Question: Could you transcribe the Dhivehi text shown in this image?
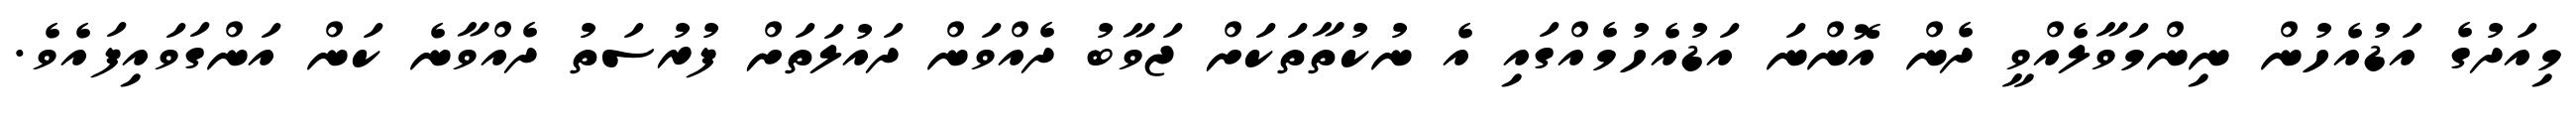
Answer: މިއަދުގެ އަޑުއެހުން ނިންމަވާލެއްވީ ދެން އޮންނަ އަޑުއެހުމެއްގައި އެ ނުކުތާތަކަށް ޖަވާބު ދެއްވަން ދައުލަތަށް ފުރުސަތު ދެއްވާނެ ކަން އަންގަވައިފައެވެ.